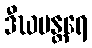
ဒီဃမန္တရေ